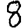
Digit: 8